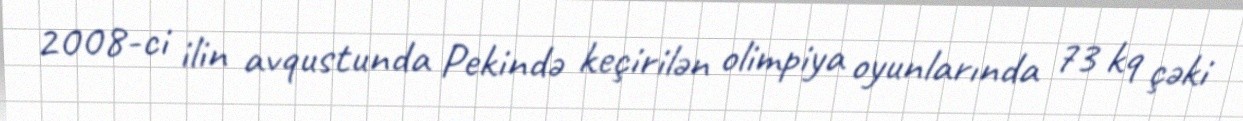
2008-ci ilin avqustunda Pekində keçirilən olimpiya oyunlarında 73 kq çəki